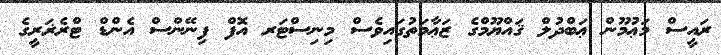
ރައީސް މަޢުމޫން ޢަބްދުލް ޤައްޔޫމްގެ ޒަޢާމަތުގައިވެސް މިނިސްޓަރ އޮފް ފިނޭންސް އެންޑް ޓްރެޜަރީގެ